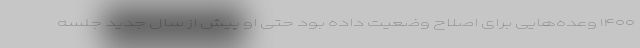
۱۴۰۰ وعده‌هایی برای اصلاح وضعیت داده بود حتی او پیش از سال جدید جلسه